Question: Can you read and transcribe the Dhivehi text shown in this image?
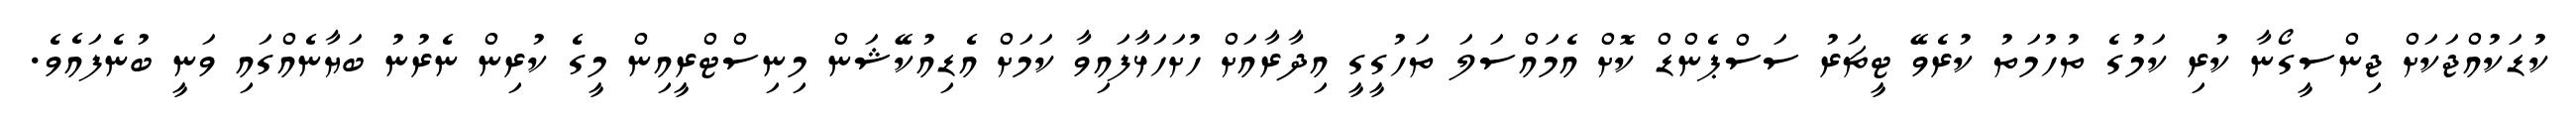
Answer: ކުޑަކުއްޖަކަށް ޖިންސީގޯނާ ކުރި ކަމުގެ ތުހުމަތު ކުރެވޭ ޓީޗަރު ސަސްޕެންޑް ކޮށް އެމައްސަލަ ތަހުގީގީ އިދާރާއަށް ހުށަހަޅާފައިވާ ކަމަށް އެޑިއުކޭޝަން މިނިސްޓްރީއިން މީގެ ކުރިން ނެރުނު ބަޔާނެއްގައި ވަނީ ބުނެފައެވެ.